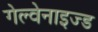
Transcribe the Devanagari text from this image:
गेल्वेनाइज्ड